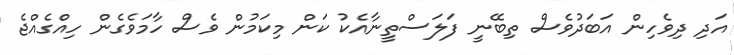
އަދި ދިވެހިން އަބަދުވެސް ތިބޭނީ ފަލަސްތީނާއެކު ކަން މިކަމުން ވެސް ހާމަވެގެން ހިއްގެއްޖެ